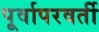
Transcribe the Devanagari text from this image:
पूर्वापरवर्ती